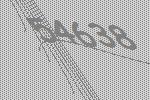
54638